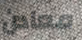
معادن